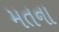
મતના